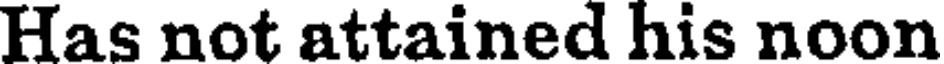
Has not attained his noon